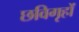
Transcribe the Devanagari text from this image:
छविगृहों